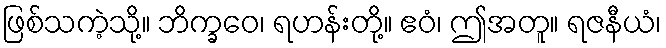
ဖြစ်သကဲ့သို့။ ဘိက္ခဝေ၊ ရဟန်းတို့။ ဧဝံ၊ ဤအတူ။ ရဇနီယံ၊